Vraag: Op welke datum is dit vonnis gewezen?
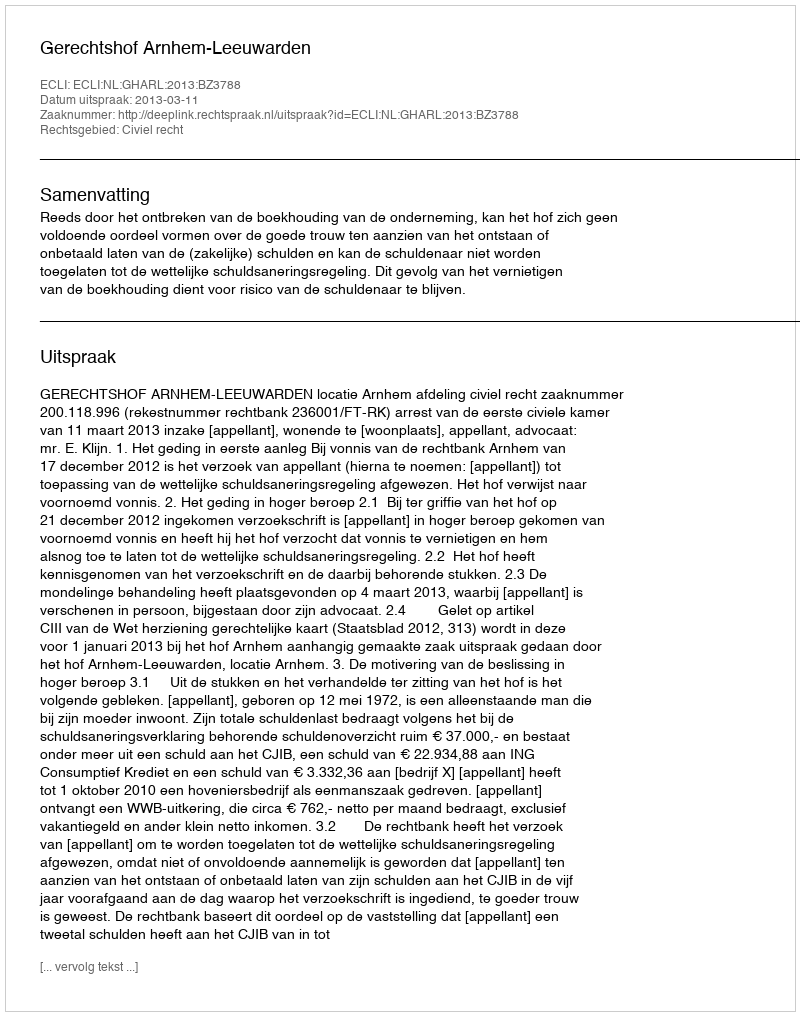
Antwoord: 2013-03-11